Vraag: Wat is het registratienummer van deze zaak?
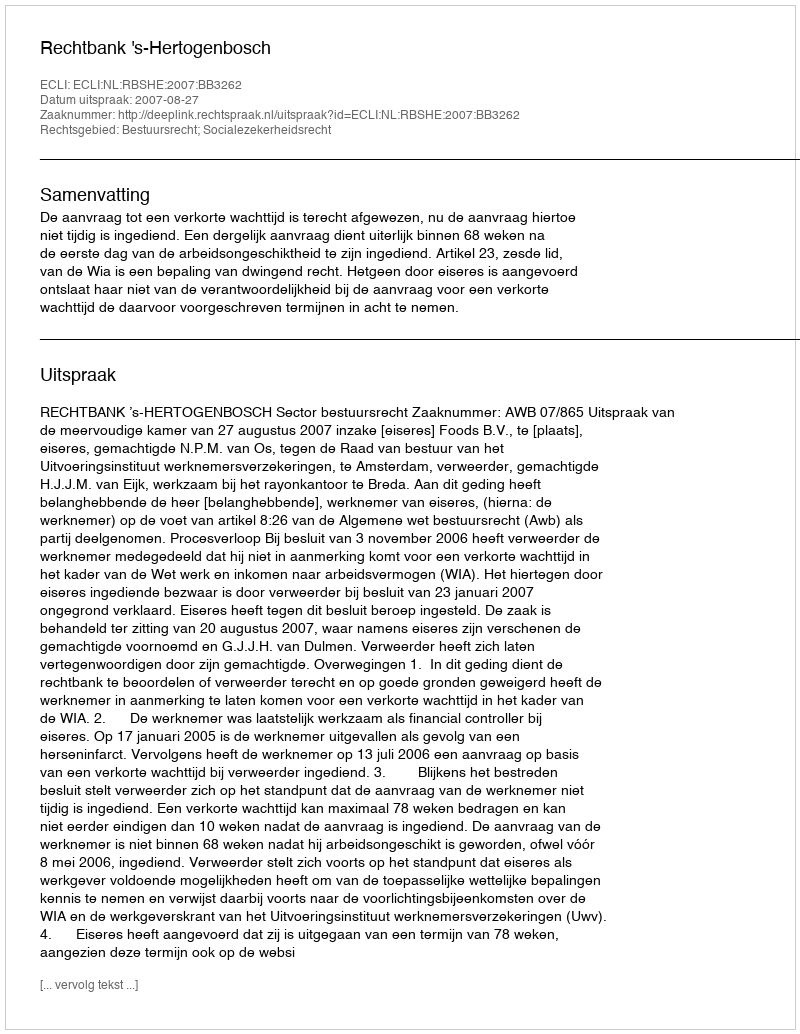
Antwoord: http://deeplink.rechtspraak.nl/uitspraak?id=ECLI:NL:RBSHE:2007:BB3262